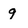
Character: 9